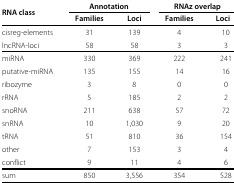
| <ROWSPAN=2> RNA class | <COLSPAN=2> Annotation | <COLSPAN=2> RNAz overlap |
 | Families | Loci | Families | Loci |
 | --- | --- | --- | --- | --- |
 | cisreg-elements | 31 | 139 | 4 | 10 |
 | lncRNA-loci | 58 | 58 | 3 | 3 |
 | miRNA | 330 | 369 | 222 | 241 |
 | putative-miRNA | 135 | 155 | 14 | 16 |
 | ribozyme | 3 | 8 | 0 | 0 |
 | rRNA | 5 | 185 | 2 | 2 |
 | snoRNA | 211 | 638 | 57 | 72 |
 | snRNA | 10 | 1,030 | 9 | 20 |
 | tRNA | 51 | 810 | 36 | 154 |
 | other | 7 | 153 | 3 | 4 |
 | conflict | 9 | 11 | 4 | 6 |
 | sum | 850 | 3,556 | 354 | 528 |